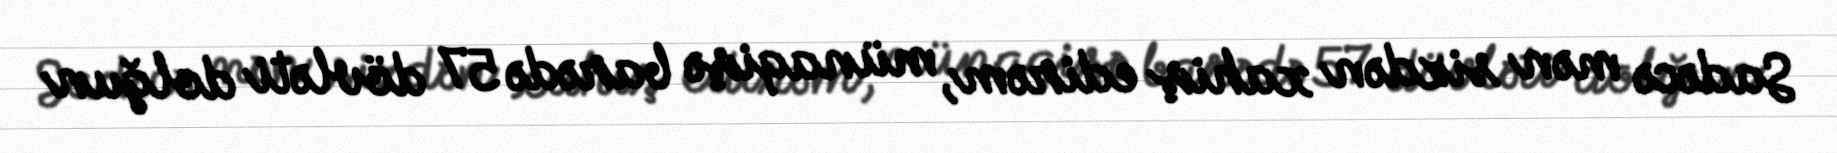
Sadəcə mən sizdən xahiş edirəm, münaqişə barədə 57 dövləti dolğun